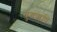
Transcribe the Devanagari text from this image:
युगऋषि